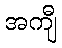
အကျီ